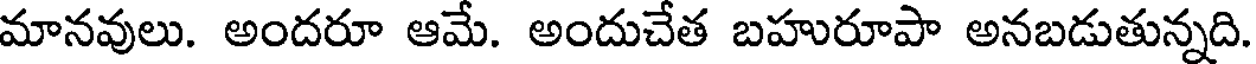
మానవులు. అందరూ ఆమే. అందుచేత బహురూపా అనబడుతున్నది